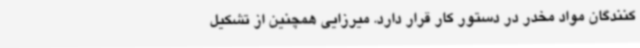
کنندگان مواد مخدر در دستور کار قرار دارد. میرزایی همچنین از تشکیل